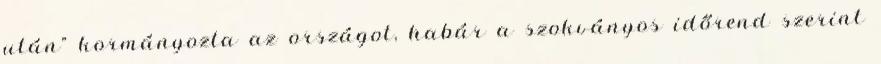
után" kormányozta az országot, habár a szokványos időrend szerint